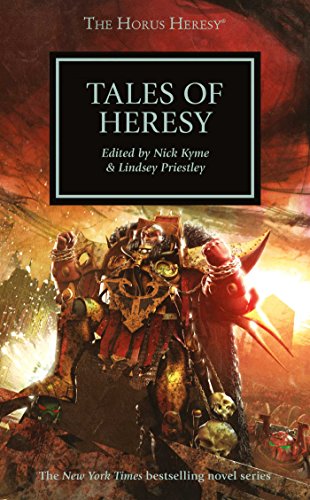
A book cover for Tales of Heresy (The Horus Heresy); Science Fiction & Fantasy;